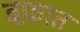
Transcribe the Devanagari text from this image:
वफ़ात